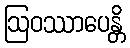
ဩဝဿာပေန္တိ